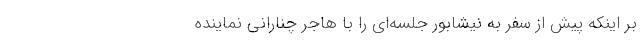
بر اینکه پیش از سفر به نیشابور جلسه‌ای را با هاجر چنارانی نماینده